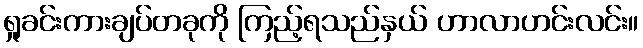
ရှုခင်းကားချပ်တခုကို ကြည့်ရသည်နှယ် ဟာလာဟင်းလင်း။